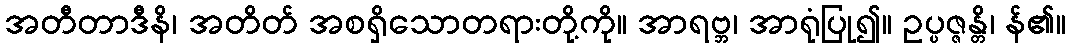
အတီတာဒီနိ၊ အတိတ် အစရှိသောတရားတို့ကို။ အာရဗ္ဘ၊ အာရုံပြု၍။ ဥပ္ပဇ္ဇန္တိ၊ န်၏။